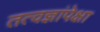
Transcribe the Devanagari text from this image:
तत्वज्ञांपेक्षा